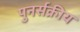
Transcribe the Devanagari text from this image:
पुनर्सक्रीय